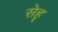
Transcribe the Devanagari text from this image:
सेहृ